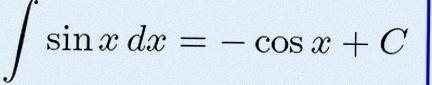
\int \sin x\,dx=-\cos x+C